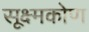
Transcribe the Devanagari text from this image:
सूक्ष्मकोण